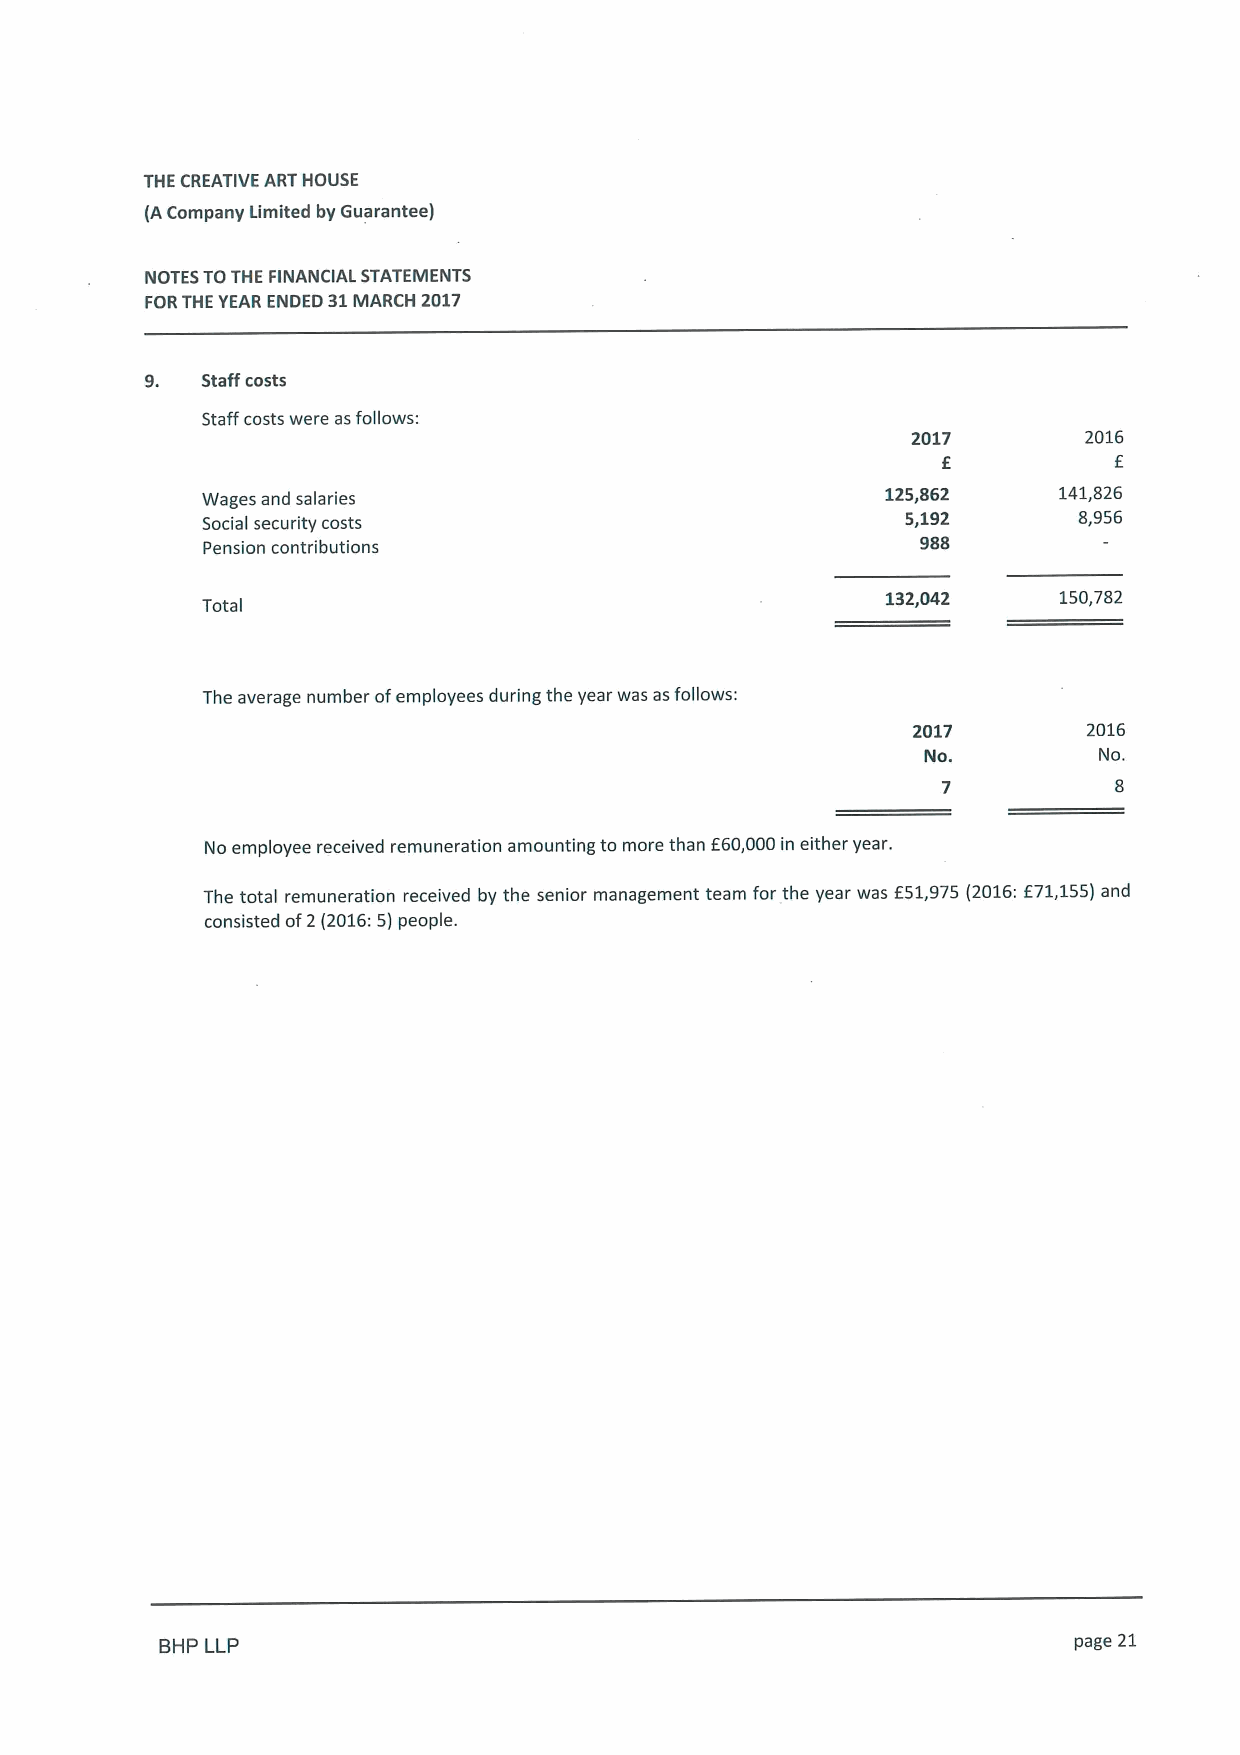
THE CREATIVE ART HOUSE
 (ACompany Limited by Guarantee)
 NOTES TOTHE FINANCIAL STATEMENTS
 FORTHEYEAR ENDED 31MARCH 2017
 9. Staff costs
 Staff costs were asfollows:
 2017        2016
 f           f
 Wages and salaries
 125,862    141,826
 Social security costs                          5,192      8,956
 Pension contributions                           988
 132,042    150,782
 Total
 The average number ofemployees during the year was as follows:
 2017        2016
 No.         No.
 No employee received remuneration amounting to more than f60,000in either year.
 The total remuneration received by the senior management team for the year was f51,975 (2016:f71,155)and
 consisted of2(2016:5) people.
 BHP LLP                                                     page 21